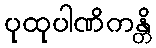
ပုထုပါဏိကန္တိ